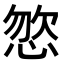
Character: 𢛦